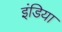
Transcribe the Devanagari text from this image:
इंडिया